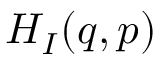
H _ { I } ( q , p )